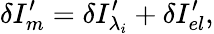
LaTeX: \delta{{I}}_{m}^{\prime}=\delta{{I}_{{\lambda_{i}}}^{\prime}}+\delta{{I}_{el}^{\prime}},